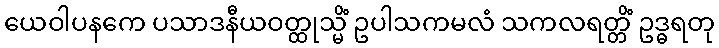
ယေဝါပနကေ ပသာဒနီယဝတ္ထုသ္မိံ ဥပါသကမလံ သကလရတ္တိံ ဥဒ္ဓရတု